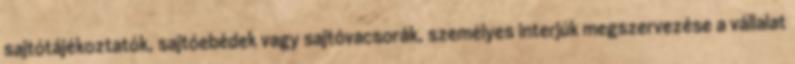
sajtótájékoztatók, sajtóebédek vagy sajtóvacsorák, személyes interjúk megszervezése a vállalat